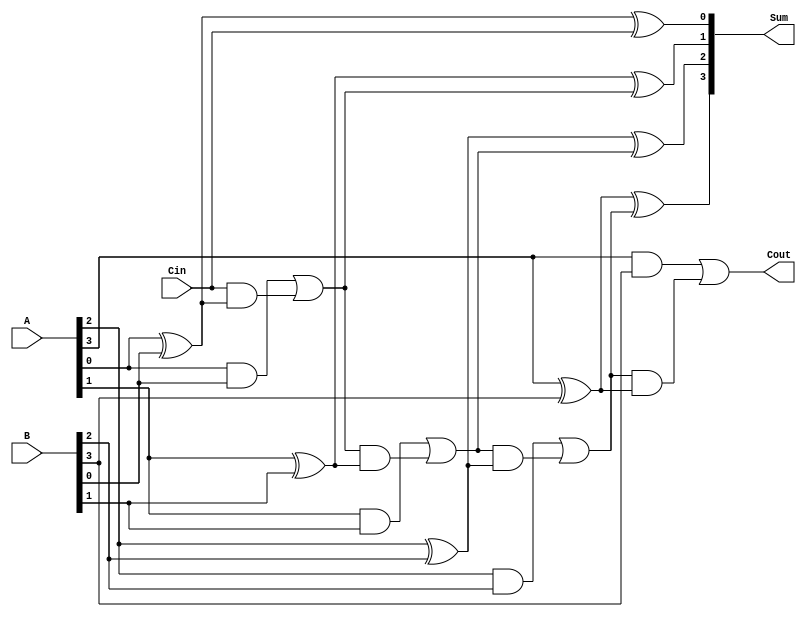
module conditional_sum_adder #(parameter n = 4) (
    input [n-1:0] A,        // First n-bit input
    input [n-1:0] B,        // Second n-bit input
    input Cin,              // Carry-in
    output [n-1:0] Sum,     // n-bit Sum output
    output Cout             // Carry-out
);
    wire [n:0] C;           // Carry signals
    wire [n-1:0] P;         // Partial sums

    // Initialize the carry for the first bit
    assign C[0] = Cin;

    // Calculate partial sums and carries
    genvar i;
    generate
        for (i = 0; i < n; i = i + 1) begin : CSA
            // Partial sum calculation
            assign P[i] = A[i] ^ B[i] ^ C[i];

            // Carry generation
            assign C[i+1] = (A[i] & B[i]) | (C[i] & (A[i] ^ B[i]));
        end
    endgenerate

    // Final sum output
    assign Sum = P;
    
    // Final carry-out
    assign Cout = C[n];

endmodule